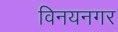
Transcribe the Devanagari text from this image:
विनयनगर